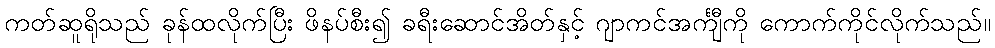
ကတ်ဆူရိုသည် ခုန်ထလိုက်ပြီး ဖိနပ်စီး၍ ခရီးဆောင်အိတ်နှင့် ဂျာကင်အင်္ကျီကို ကောက်ကိုင်လိုက်သည်။